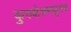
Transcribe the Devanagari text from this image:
कुरुक्षेत्रमधूनच